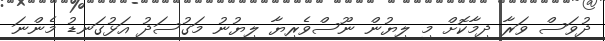
ދުވަސް ވަރާ ދިމާކޮށް މި ލިޔުން ނޫސްވެރިޔާ ލިޔުނު މަގުސަދު އަޅުގަނޑު މެންނަ